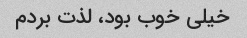
خیلی خوب بود، لذت بردم